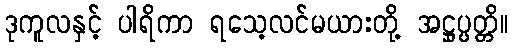
ဒုကူလနှင့် ပါရိကာ ရသေ့လင်မယားတို့ အဋ္ဌုပ္ပတ္တိ။